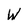
Character: W